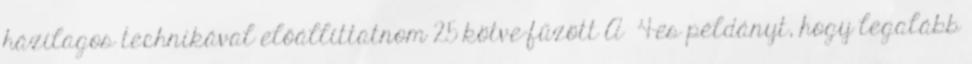
házilagos tech­nikával előállíttatnom 25 köt­ve-fűzött A 4-es példányt, hogy lega­lább